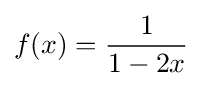
f(x)={\frac {1}{1-2x}}